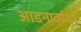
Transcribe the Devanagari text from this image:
आडनावांवर